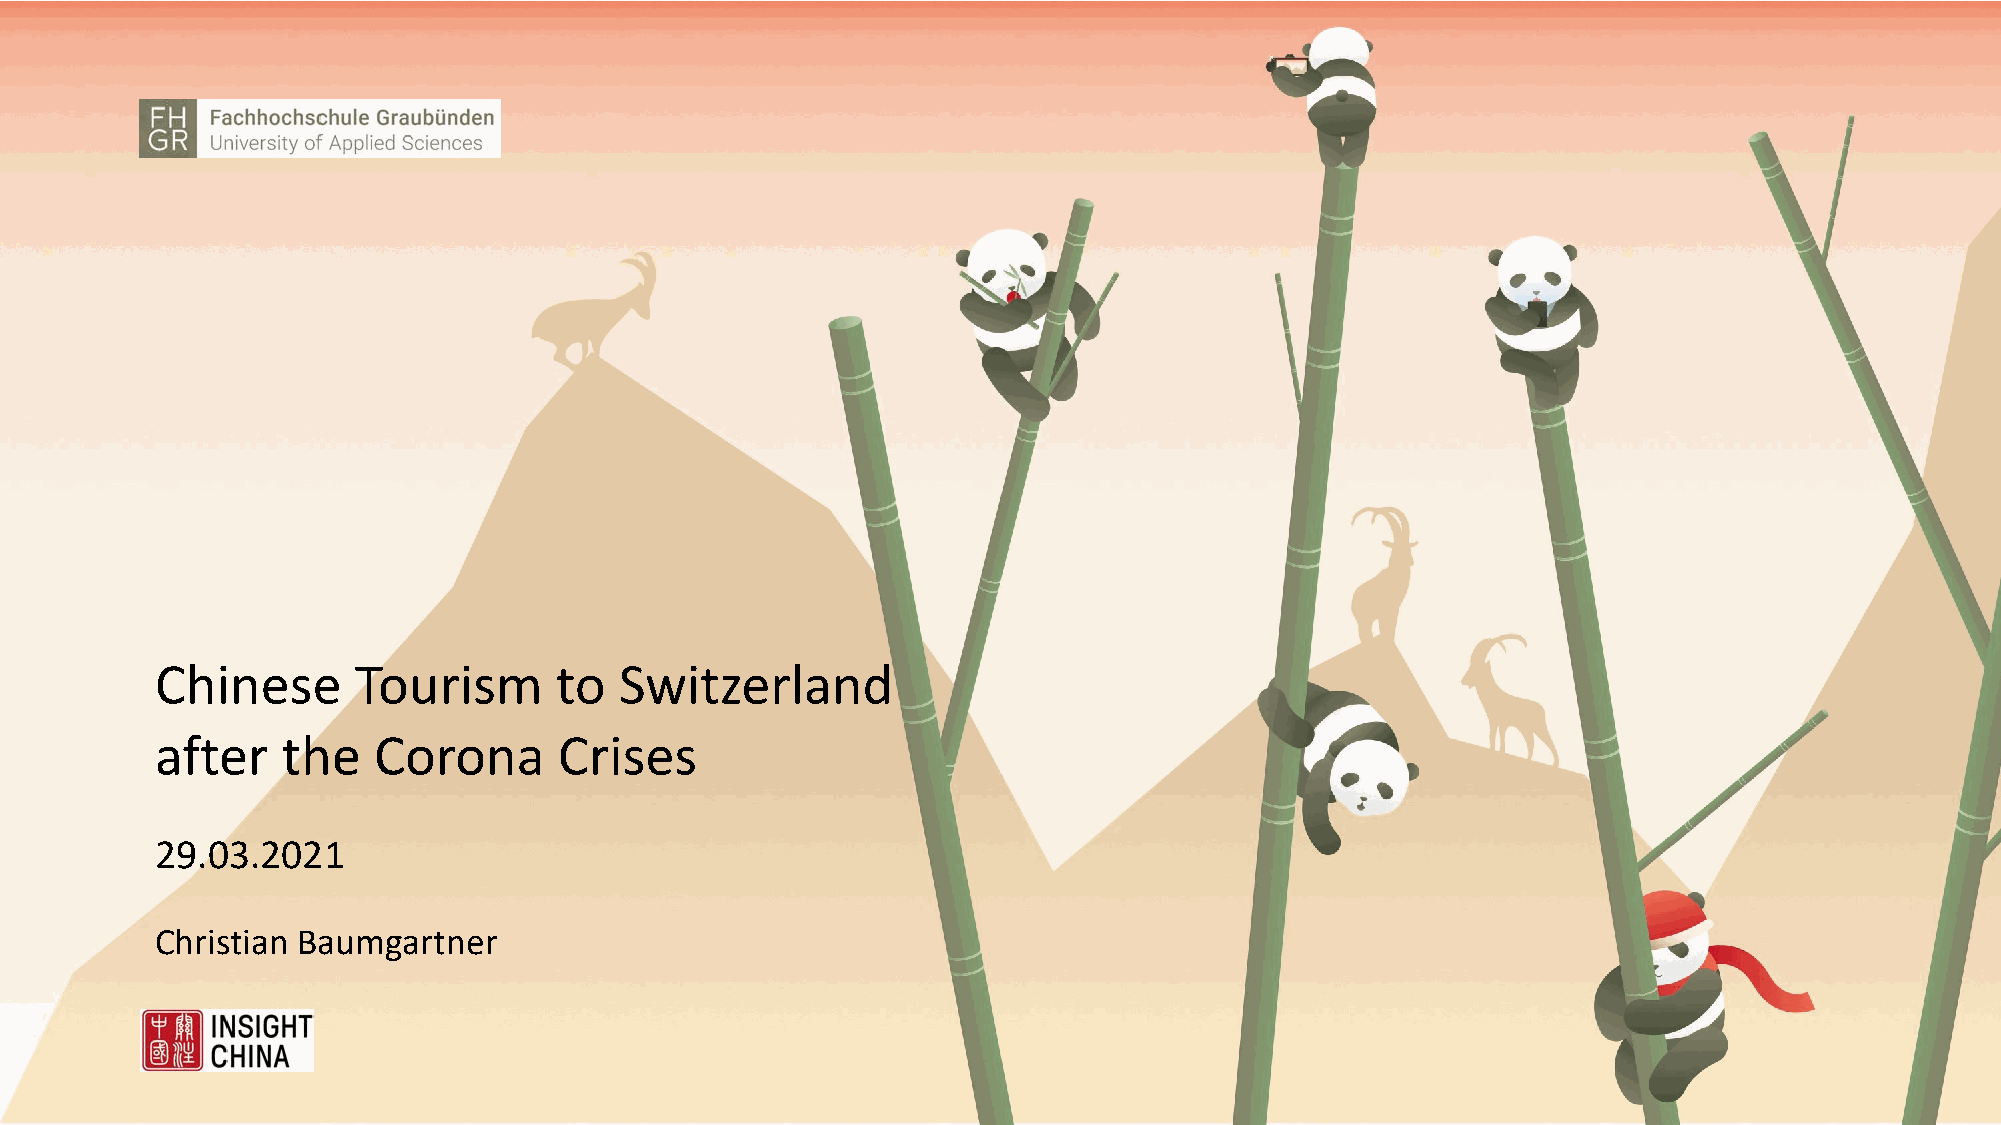
Chinese      Tourism       to  Switzerland
 after    the   Corona      Crises
 29.03.2021
 Christian Baumgartner